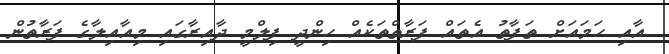
އާއި ހަމައަށް ތަފާތު އެތައް ފަރާތްތަކެއް ހިންދީ ފިލްމީ ދާއިރާގައި މިއާއިލާގެ ފަރާތުން